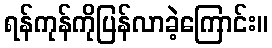
ရန်ကုန်ကိုပြန်လာခဲ့ကြောင်း။